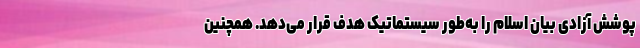
پوشش آزادی بیان اسلام را به‌طور سیستماتیک هدف قرار می‌دهد. همچنین